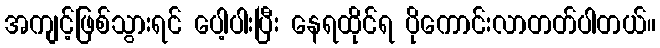
အကျင့်ဖြစ်သွားရင် ပေါ့ပါးပြီး နေရထိုင်ရ ပိုကောင်းလာတတ်ပါတယ်။